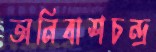
অনিবাশচন্দ্র